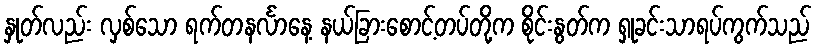
နှုတ်လည်း လှစ်သော ရက်တနင်္လာနေ့ နယ်ခြားစောင့်တပ်တို့က စိုင်းနွတ်က ရှုခင်းသာရပ်ကွက်သည်